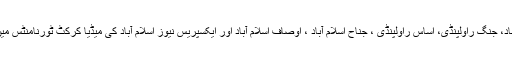
روزنامہ خبریں اسلام آباد، جنگ راولپنڈی، اساس راولپنڈی ، جناح اسلام آباد ، اوصاف اسلام آباد اور ایکسپریس نیوز اسلام آباد کی میڈیا کرکٹ ٹورنامنٹس میں نمائندگی کر چکاہوں۔